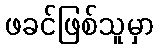
ဖခင်ဖြစ်သူမှာ